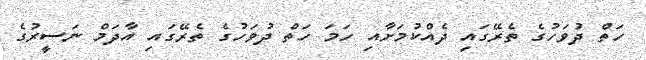
ހަތް ދުވަހުގެ ތެރޭގައި ދެއްކުމަށާއި ހަމަ ހަތް ދުވަހުގެ ތެރޭގައި އާދަމް ނަސީރުގެ